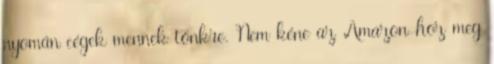
nyomán cégek mennek tönkre. Nem kéne az Amazon-hoz meg